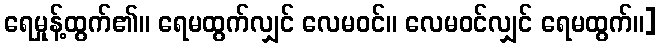
ရေမှုန့်ထွက်၏။ ရေမထွက်လျှင် လေမဝင်။ လေမဝင်လျှင် ရေမထွက်။]